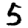
Digit: 5